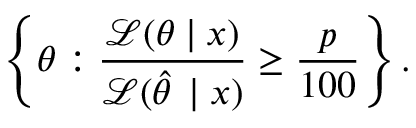
\left\{ \theta : { \frac { { \mathcal { L } } ( \theta \mid x ) } { { \mathcal { L } } ( { \hat { \theta \, } } \mid x ) } } \geq { \frac { p } { 1 0 0 } } \right\} .